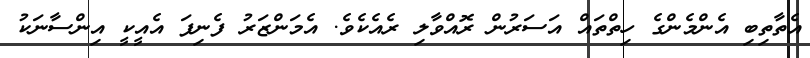
އެތާތިބި އެންމެންގެ ހިތްތައް އަސަރުން ރޮއްވާލި ރެއެކެވެ. އެމަންޒަރު ފެނިފަ އެއީކީ އިންސާނަކު